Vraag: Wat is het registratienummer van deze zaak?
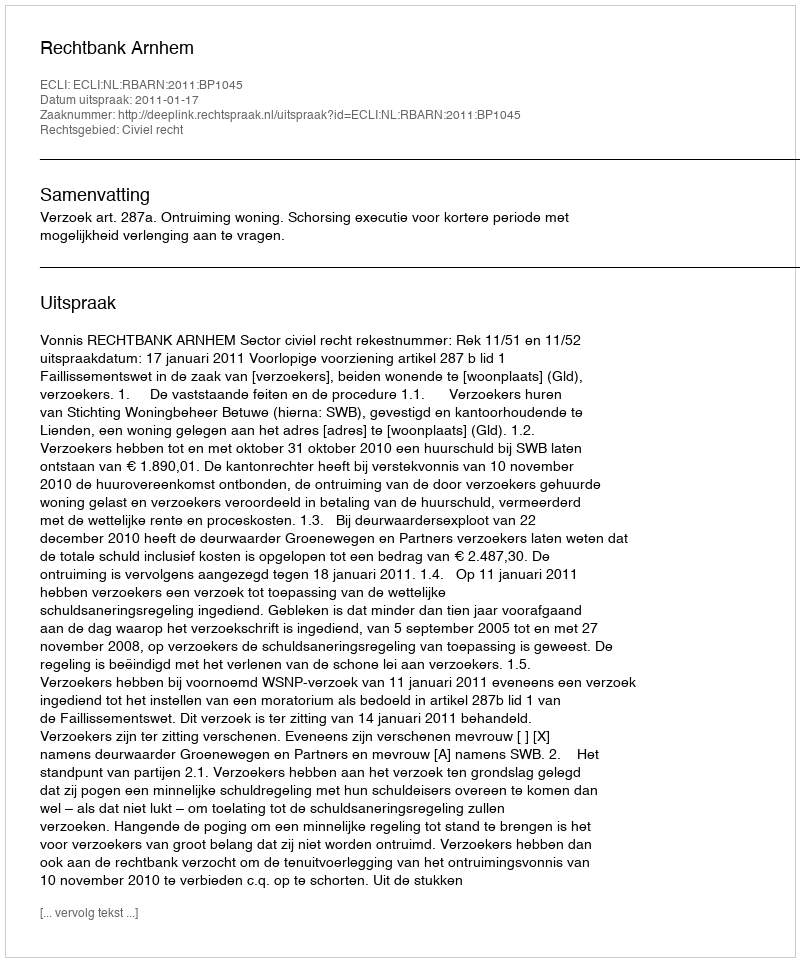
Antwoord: http://deeplink.rechtspraak.nl/uitspraak?id=ECLI:NL:RBARN:2011:BP1045